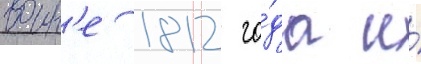
воин'е 1812 го́да и́